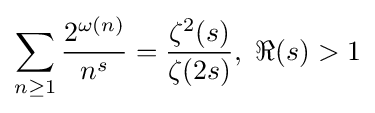
\sum _{n\geq 1}{\frac {2^{\omega (n)}}{n^{s}}}={\frac {\zeta ^{2}(s)}{\zeta (2s)}},\ \Re (s)>1